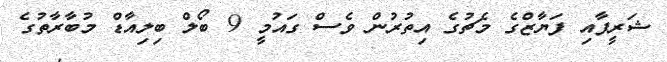
ޝަރީފާއި ފަޔާޒްގެ މެޗުގެ އިތުރުން ވެސް ގައުމީ 9 ބޯލް ބިލިއާޑް މުބާރާތުގެ